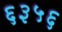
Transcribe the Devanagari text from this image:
६३५६